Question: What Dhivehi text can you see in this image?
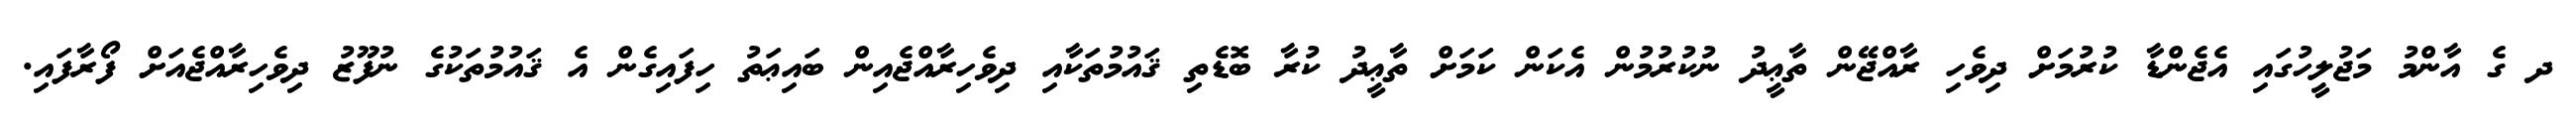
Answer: ދ ގެ އާންމު މަޖުލީހުގައި އެޖެންޑާ ކުރުމަށް ދިވެހި ރާއްޖޭން ތާޢީދު ނުކުރުމުން އެކަން ކަމަށް ތާޢީދު ކުރާ ބޮޑެތި ޤައުމުތަކާއި ދިވެހިރާއްޖެއިން ބައިޢަތު ހިފައިގެން އެ ޤައުމުތަކުގެ ނުފޫޒު ދިވެހިރާއްޖެއަށް ފޯރާފައި.